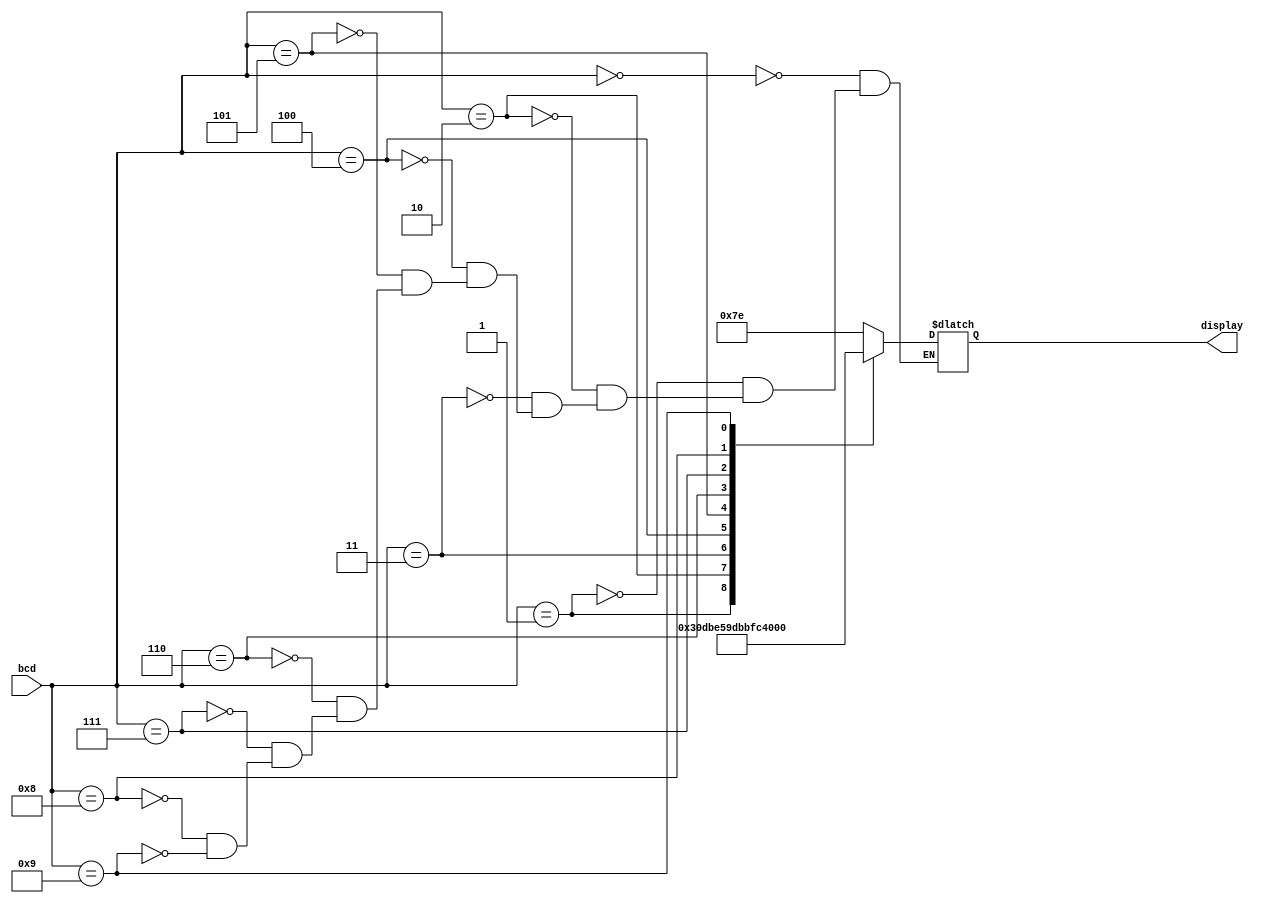
`timescale 1ns / 1ps
//////////////////////////////////////////////////////////////////////////////////
// Company: 
// Engineer: 
// 
// Design Name: 
// Module Name:    BCDto7SegmentDecoder 
// Project Name: 
// Target Devices: 
// Tool versions: 
// Description: 
//
// Dependencies: 
//
// Revision: 
// Revision 0.01 - File Created
// Additional Comments: 
//
//////////////////////////////////////////////////////////////////////////////////
module BCDto7SegmentDecoder(
    input [3:0] bcd,
    output reg [6:0] display
    );
	 
	 always @ (*)
	 begin
		case (bcd)
			4'd0: display = 7'b1111110; 
			4'd1: display = 7'b0110000; 
			4'd2: display = 7'b1101101; 
			4'd3: display = 7'b1111001; 
			4'd4: display = 7'b0110011; 
			4'd5: display = 7'b1011011; 
			4'd6: display = 7'b1011111; 
			4'd7: display = 7'b1110000; 
			4'd8: display = 7'b1111111; 
			4'd9: display = 7'b1111011; 
		endcase
	 end
endmodule